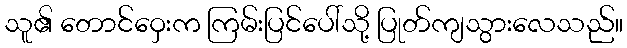
သူ၏ တောင်ဝှေးက ကြမ်းပြင်ပေါ်သို့ ပြုတ်ကျသွားလေသည်။